Scottish Leaving Certificate Examination, 1961
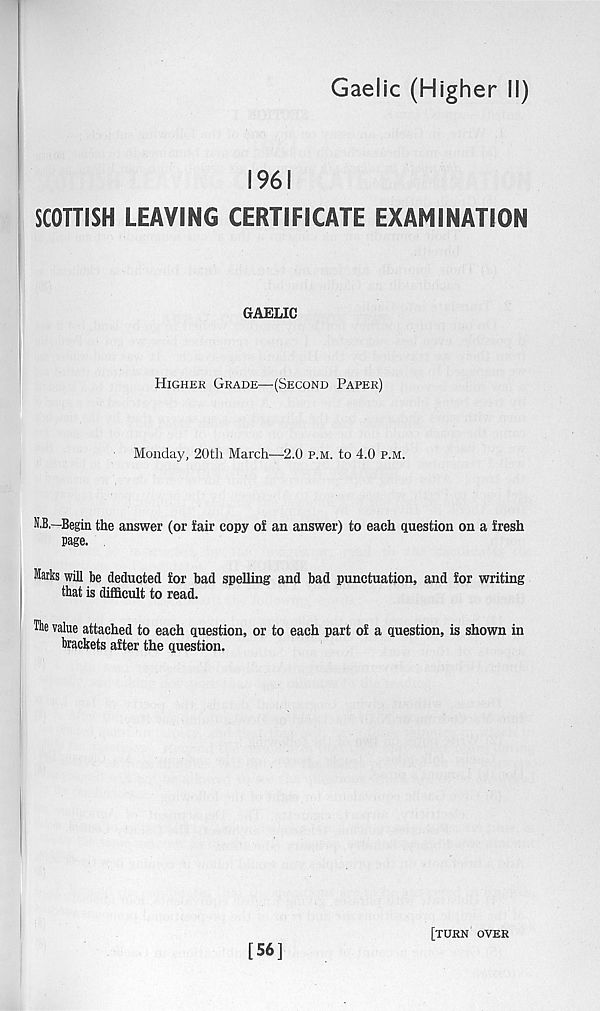
Gaelic (Higher II)
1961
SCOTTISH LEAVING CERTIFICATE EXAMINATION
GAELIC
Higher Grade—(Second Paper)
Monday, 20th March—2.0 p.m. to 4.0 p.m.
N.B.—Begin the answer (or fair copy of an answer) to each question on a fresh
page.
Marks will be deducted for bad spelling and bad punctuation, and for writing
that is difficult to read.
The value attached to each question, or to each part of a question, is shown in
brackets after the question.
[56]
[turn over